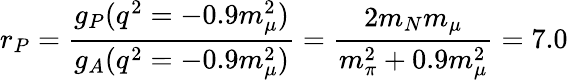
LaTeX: r_{P}={\frac{g_{P}(q^{2}=-0.9m_{\mu}^{2})}{g_{A}(q^{2}=-0.9m_{\mu}^{2})}}={\frac{2m_{N}m_{\mu}}{m_{\pi}^{2}+0.9m_{\mu}^{2}}}=7.0